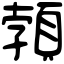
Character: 𩓐